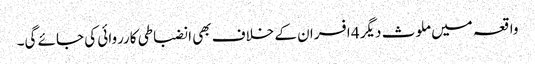
واقعہ میں ملوث دیگر 4 افسران کے خلاف بھی انضباطی کارروائی کی جائے گی۔